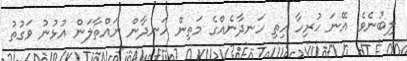
ލިބުނެވެ. އޭނަ ހުރިހާ ހިތި ހަނދާނެއްގެ މަތިން ހަނދާން ނައްތާލަން އުޅުނު ވަގުތު